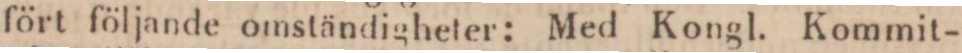
fört följande omständigheter: Med Kongl. Kommit-